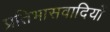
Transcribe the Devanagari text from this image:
प्रतिभासवादियों